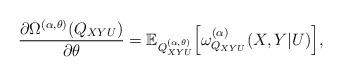
LaTeX: \begin{align*}\frac{\partial\Omega^{(\alpha,\theta)}(Q_{XYU})}{\partial\theta} & =\mathbb{E}_{Q_{XYU}^{(\alpha,\theta)}}\Big[\omega_{Q_{XYU}}^{(\alpha)}(X,Y|U)\Big],\end{align*}